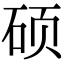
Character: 硕